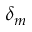
\delta _ { m }